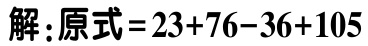
解：原式 = 23+76-36+105